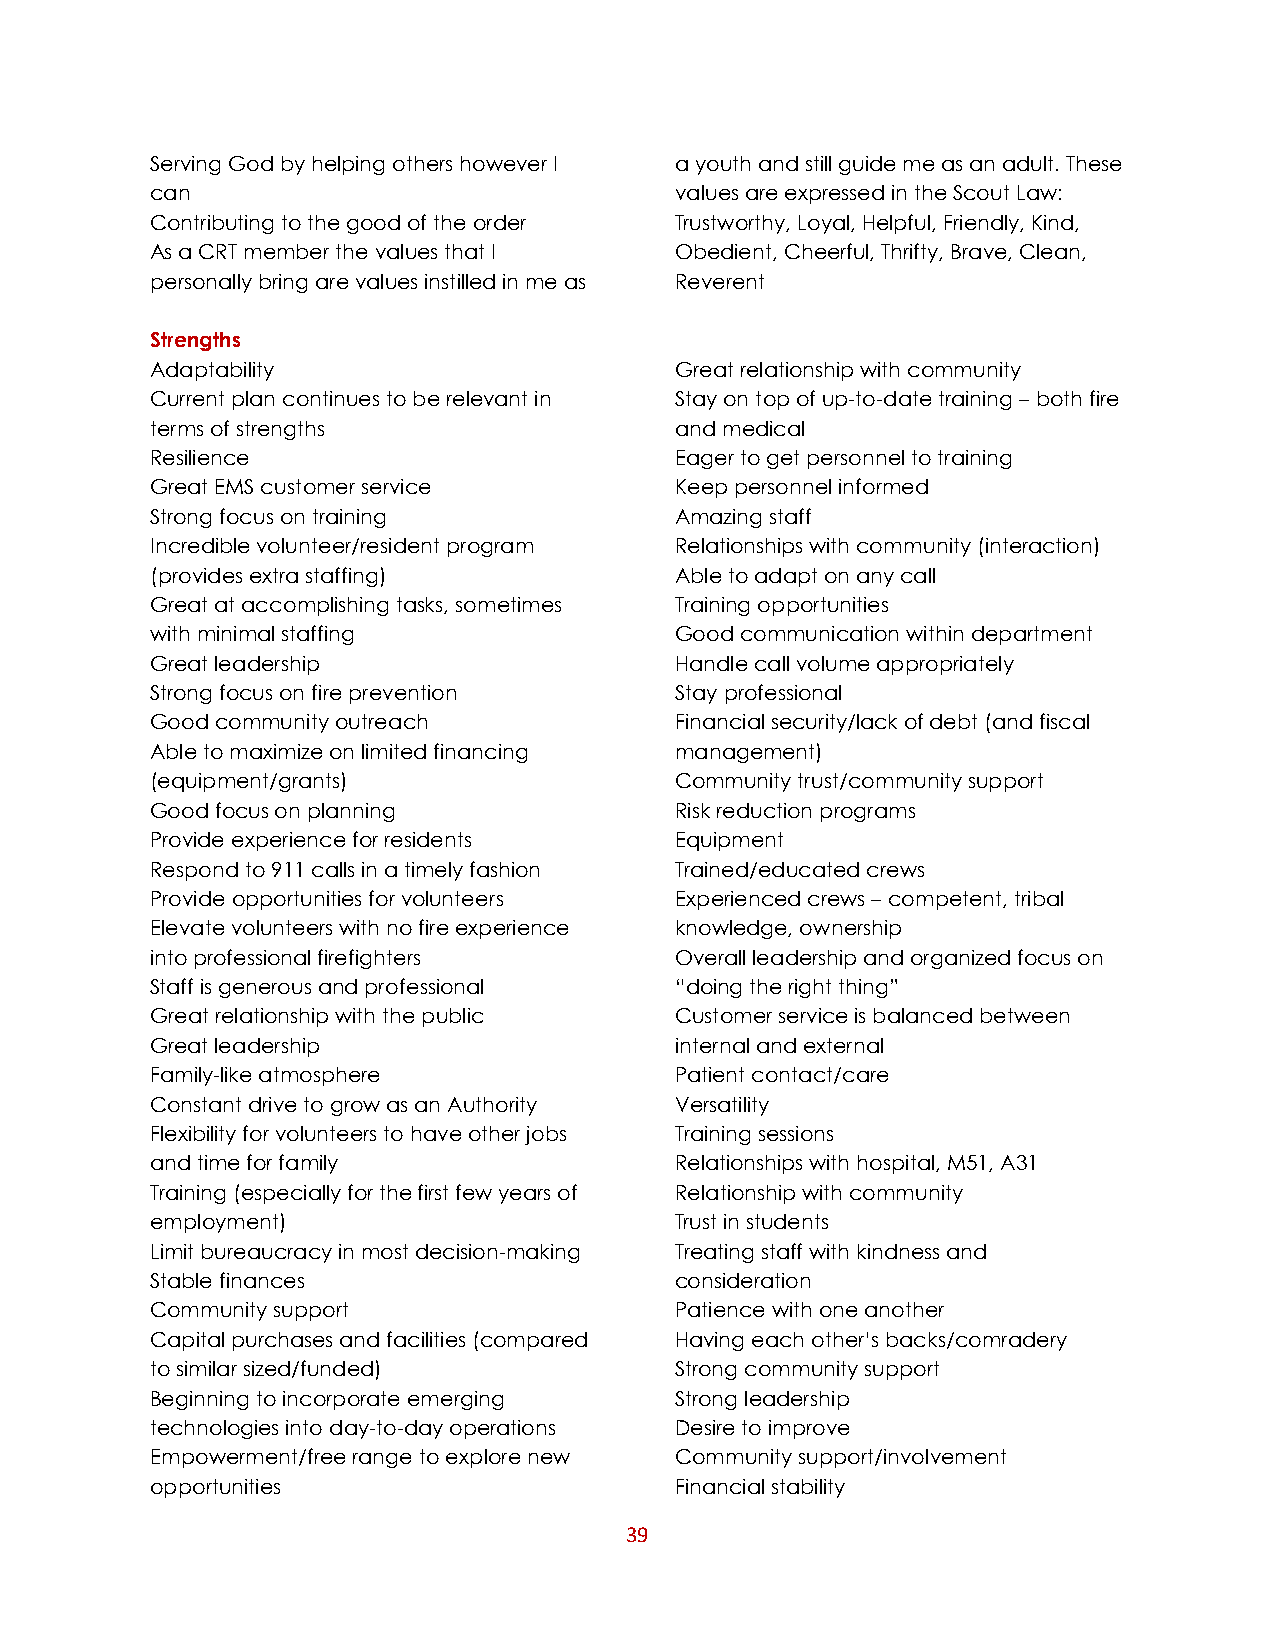
Serving God by helping others however I a youth and still guide me as an adult. These
 can                                values are expressed in the Scout Law:
 Contributing to the good of the order Trustworthy, Loyal, Helpful, Friendly, Kind,
 As a CRT member the values that I  Obedient, Cheerful, Thrifty, Brave, Clean,
 personally bring are values instilled in me as Reverent
 Strengths
 Adaptability                       Great relationship with community
 Current plan continues to be relevant in Stay on top of up-to-date training – both fire
 terms of strengths                 and medical
 Resilience                         Eager to get personnel to training
 Great EMS customer service         Keep personnel informed
 Strong focus on training           Amazing staff
 Incredible volunteer/resident program Relationships with community (interaction)
 (provides extra staffing)          Able to adapt on any call
 Great at accomplishing tasks, sometimes Training opportunities
 with minimal staffing              Good communication within department
 Great leadership                   Handle call volume appropriately
 Strong focus on fire prevention    Stay professional
 Good community outreach            Financial security/lack of debt (and fiscal
 Able to maximize on limited financing management)
 (equipment/grants)                 Community trust/community support
 Good focus on planning             Risk reduction programs
 Provide experience for residents   Equipment
 Respond to 911 calls in a timely fashion Trained/educated crews
 Provide opportunities for volunteers Experienced crews – competent, tribal
 Elevate volunteers with no fire experience knowledge, ownership
 into professional firefighters     Overall leadership and organized focus on
 Staff is generous and professional “doing the right thing”
 Great relationship with the public Customer service is balanced between
 Great leadership                   internal and external
 Family-like atmosphere             Patient contact/care
 Constant drive to grow as an Authority Versatility
 Flexibility for volunteers to have other jobs Training sessions
 and time for family                Relationships with hospital, M51, A31
 Training (especially for the first few years of Relationship with community
 employment)                        Trust in students
 Limit bureaucracy in most decision-making Treating staff with kindness and
 Stable finances                    consideration
 Community support                  Patience with one another
 Capital purchases and facilities (compared Having each other’s backs/comradery
 to similar sized/funded)           Strong community support
 Beginning to incorporate emerging  Strong leadership
 technologies into day-to-day operations Desire to improve
 Empowerment/free range to explore new Community support/involvement
 opportunities                      Financial stability
 39